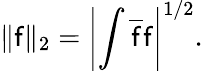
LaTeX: \| \mathsf{f}\| _{2}=\left|\int\overline{{{\mathsf{f}}}}\mathsf{f}\right|^{1/2}.